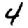
Digit: 4